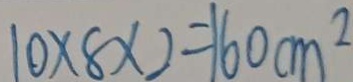
1 0 \times 8 \times 2 = 1 6 0 c m ^ { 2 }